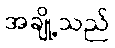
အချို့သည်